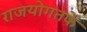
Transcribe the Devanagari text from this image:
राजयोगतर्फे